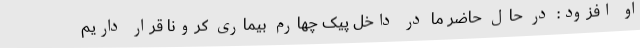
او افزود: در حال حاضر ما در داخل پیک‌ چهارم بیماری کرونا قرار داریم